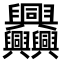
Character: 𦧅